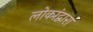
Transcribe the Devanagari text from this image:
लोकांद्वारा